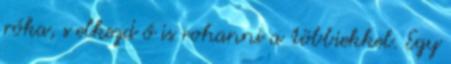
róka, s elkezd ő is rohanni a többiekkel. Egy